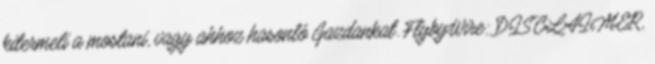
kitermeli a mostani, vagy ahhoz hasonló Gazdankat. FlybyWire: DISCLAIMER,